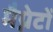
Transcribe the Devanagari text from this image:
मैग्नेटों